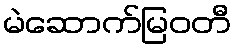
မဲဆောက်မြဝတီ